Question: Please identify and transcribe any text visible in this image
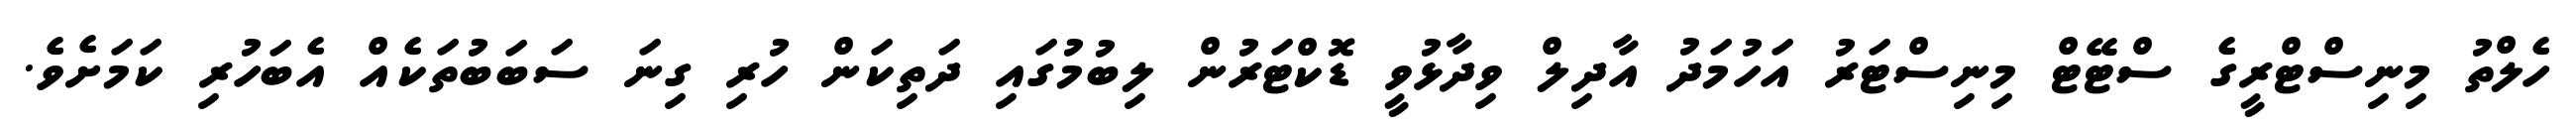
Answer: ހެލްތު މިނިސްޓްރީގެ ސްޓޭޓް މިނިސްޓަރު އަހުމަދު އާދިލް ވިދާޅުވީ ޑޮކްޓަރުން ލިބުމުގައި ދަތިކަން ހުރި ގިނަ ސަބަބުތަކެއް އެބަހުރި ކަމަށެވެ.